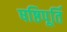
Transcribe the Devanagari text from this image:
षष्ठिपूर्ति